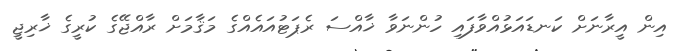
އިން އީރާނަށް ކަނޑައަޅުއްވާފައި ހުންނަވާ ޚާއްސަ ރެޕަޓުއައެއްގެ މަޤާމަށް ރާއްޖޭގެ ކުރީގެ ޚާރިޖީ